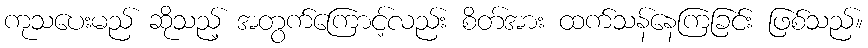
ကုသပေးမည် ဆိုသည့် အတွက်ကြောင့်လည်း စိတ်အား ထက်သန်နေကြခြင်း ဖြစ်သည်။